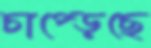
চাপ্‌ড়েছে